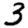
Digit: 3